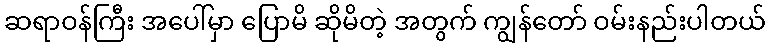
ဆရာဝန်ကြီး အပေါ်မှာ ပြောမိ ဆိုမိတဲ့ အတွက် ကျွန်တော် ဝမ်းနည်းပါတယ်